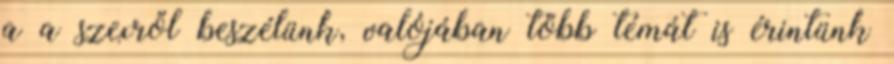
a a szexről beszélünk, valójában több témát is érintünk